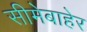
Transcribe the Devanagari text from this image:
सीमेबाहेर